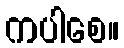
ကပါစေ။